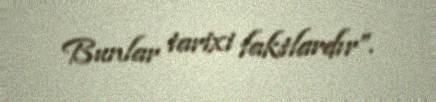
Bunlar tarixi faktlardır”.